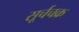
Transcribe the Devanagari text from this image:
सूर्चचक्र